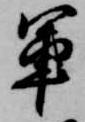
軍